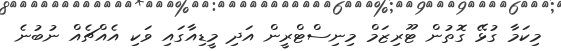
މިކަމާ ގުޅޭ ގޮތުން ޓޫރިޒަމް މިނިސްޓްރީން އަދި މީޑިއާގައި ވަކި އެއްޗެއް ނުބުނެ